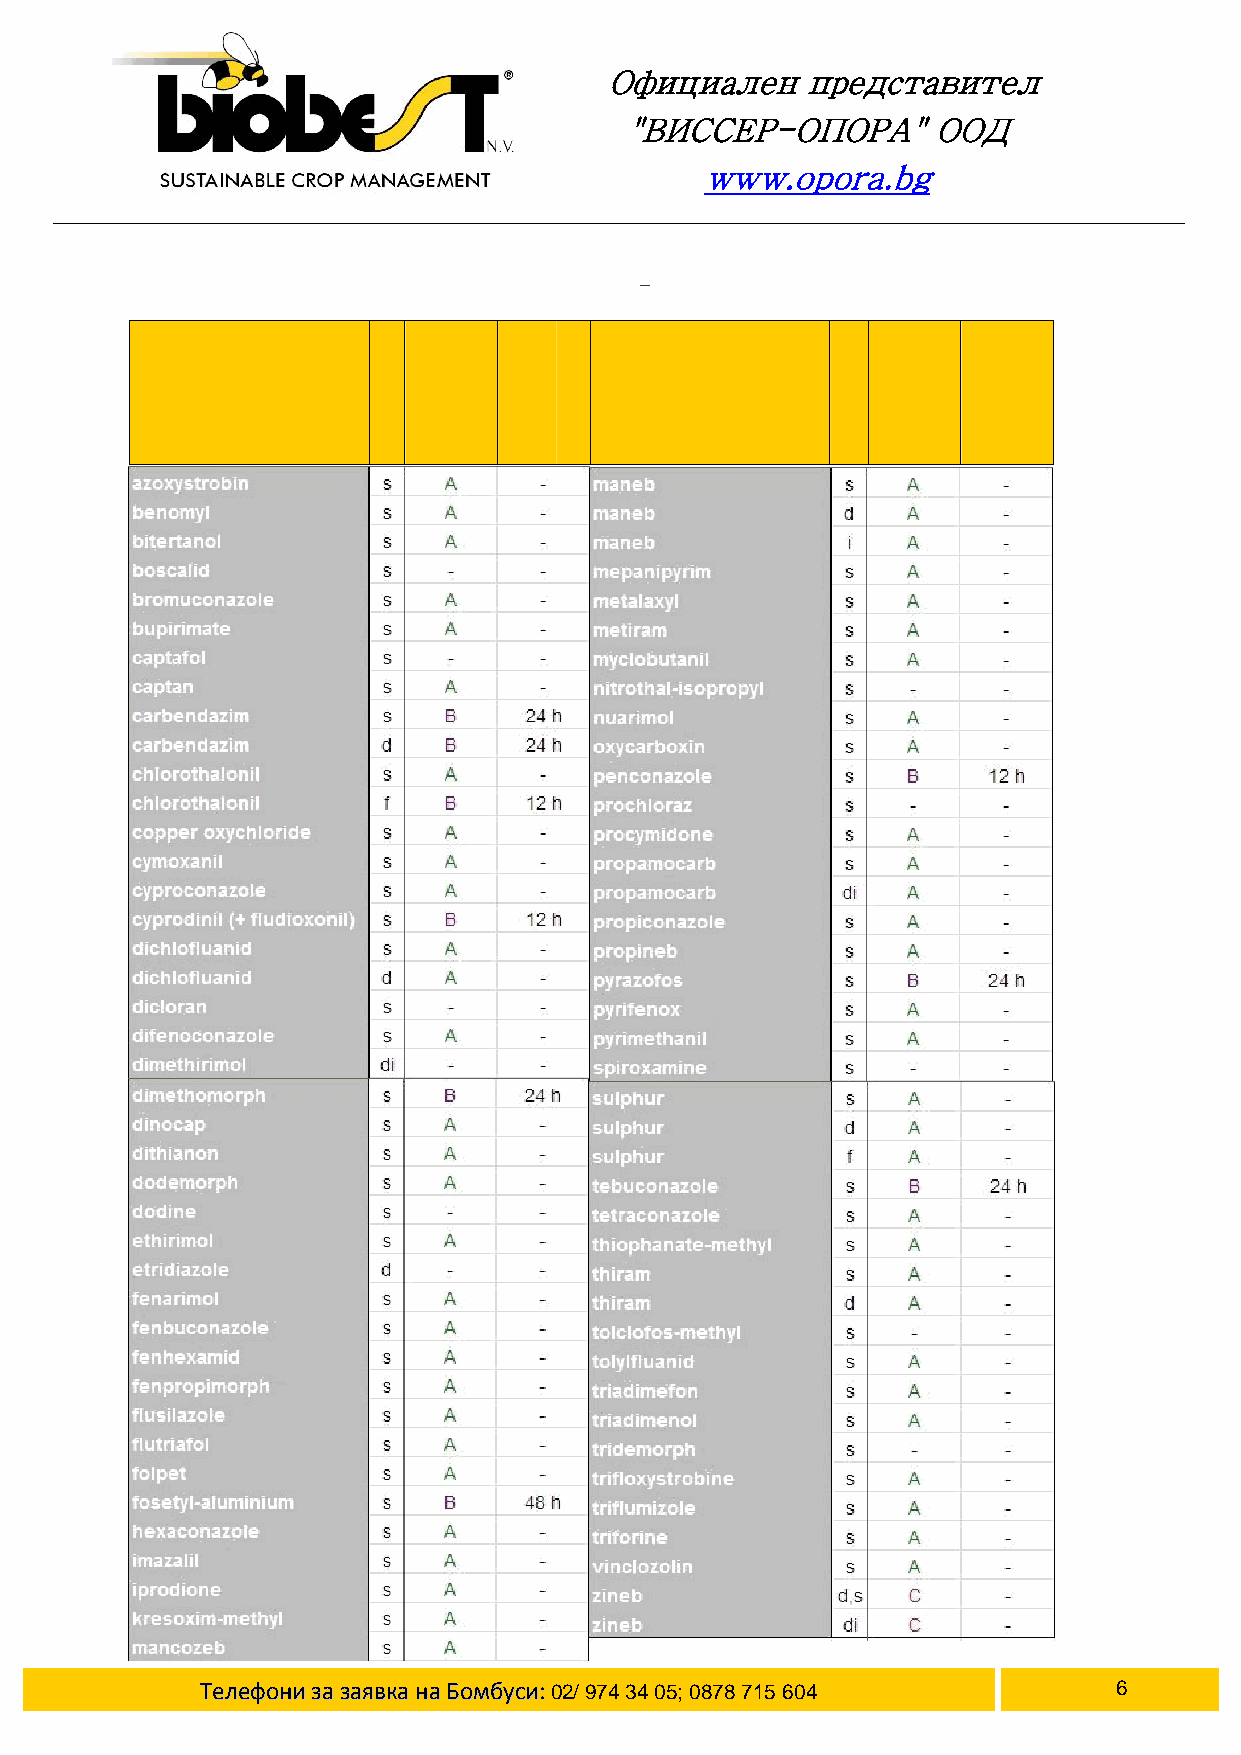
Официален    представител
 "ВИССЕР-ОПОРА"       ООД
 www.opora.bg
 ПРЕ ПОРЪАКЗ АУПОТ РАЕБН АФУ НГИЦИДИ ПРИ ЗПОЛВАНЕ НА БОМБУСИ
 ОТ ТБИОБЕС –БЕГИЯЛ
 тАкивно щтвеесво              тАкивно щтвеесво
 ТТееллееффооннииззааззааяяввккааннааББооммббууссии::02/ 974 34 05; 0878 715 604 наСтрциа 6
 е
 и
 жлПенори Ссъмитвотсме анитнраКа
 е
 и
 жлПенори Ссъмитвотсме анитнраКа